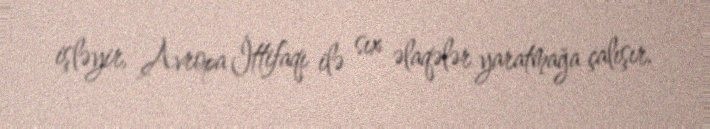
işləyir, Avropa İttifaqı ilə sıx əlaqələr yaratmağa çalışır.